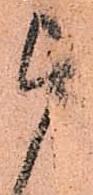
被